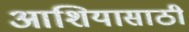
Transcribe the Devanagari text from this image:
आशियासाठी